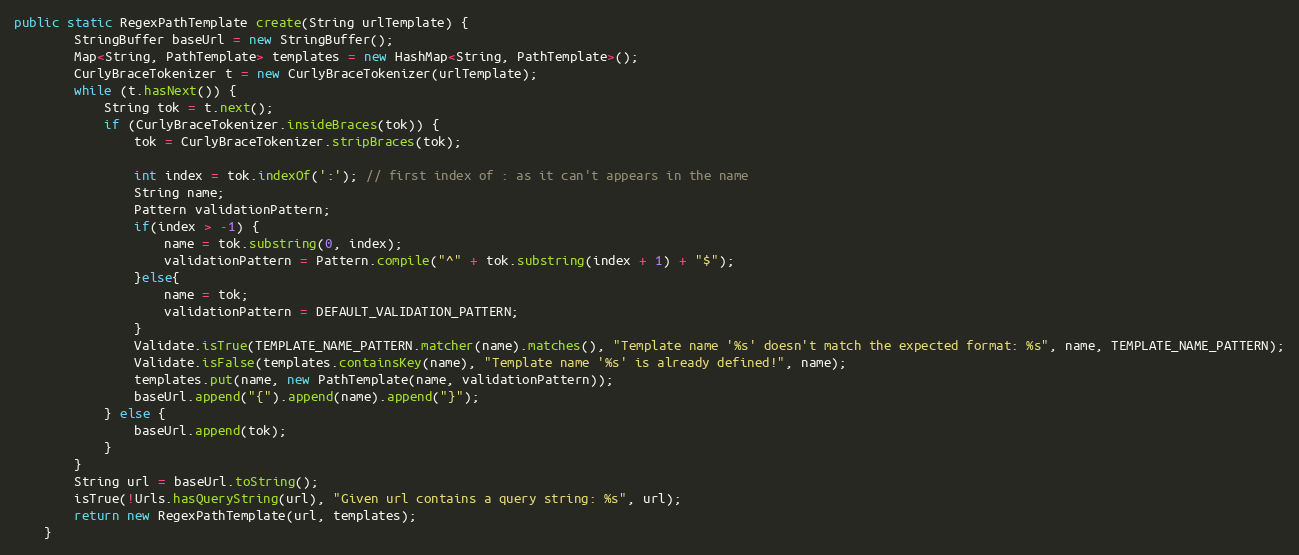
Language: Java
public static RegexPathTemplate create(String urlTemplate) {
        StringBuffer baseUrl = new StringBuffer();
        Map<String, PathTemplate> templates = new HashMap<String, PathTemplate>();
        CurlyBraceTokenizer t = new CurlyBraceTokenizer(urlTemplate);
        while (t.hasNext()) {
            String tok = t.next();
            if (CurlyBraceTokenizer.insideBraces(tok)) {
                tok = CurlyBraceTokenizer.stripBraces(tok);

                int index = tok.indexOf(':'); // first index of : as it can't appears in the name
                String name;
                Pattern validationPattern;
                if(index > -1) {
                    name = tok.substring(0, index);
                    validationPattern = Pattern.compile("^" + tok.substring(index + 1) + "$");
                }else{
                    name = tok;
                    validationPattern = DEFAULT_VALIDATION_PATTERN;
                }
                Validate.isTrue(TEMPLATE_NAME_PATTERN.matcher(name).matches(), "Template name '%s' doesn't match the expected format: %s", name, TEMPLATE_NAME_PATTERN);
                Validate.isFalse(templates.containsKey(name), "Template name '%s' is already defined!", name);
                templates.put(name, new PathTemplate(name, validationPattern));
                baseUrl.append("{").append(name).append("}");
            } else {
                baseUrl.append(tok);
            }
        }
        String url = baseUrl.toString();
        isTrue(!Urls.hasQueryString(url), "Given url contains a query string: %s", url);
        return new RegexPathTemplate(url, templates);
    }